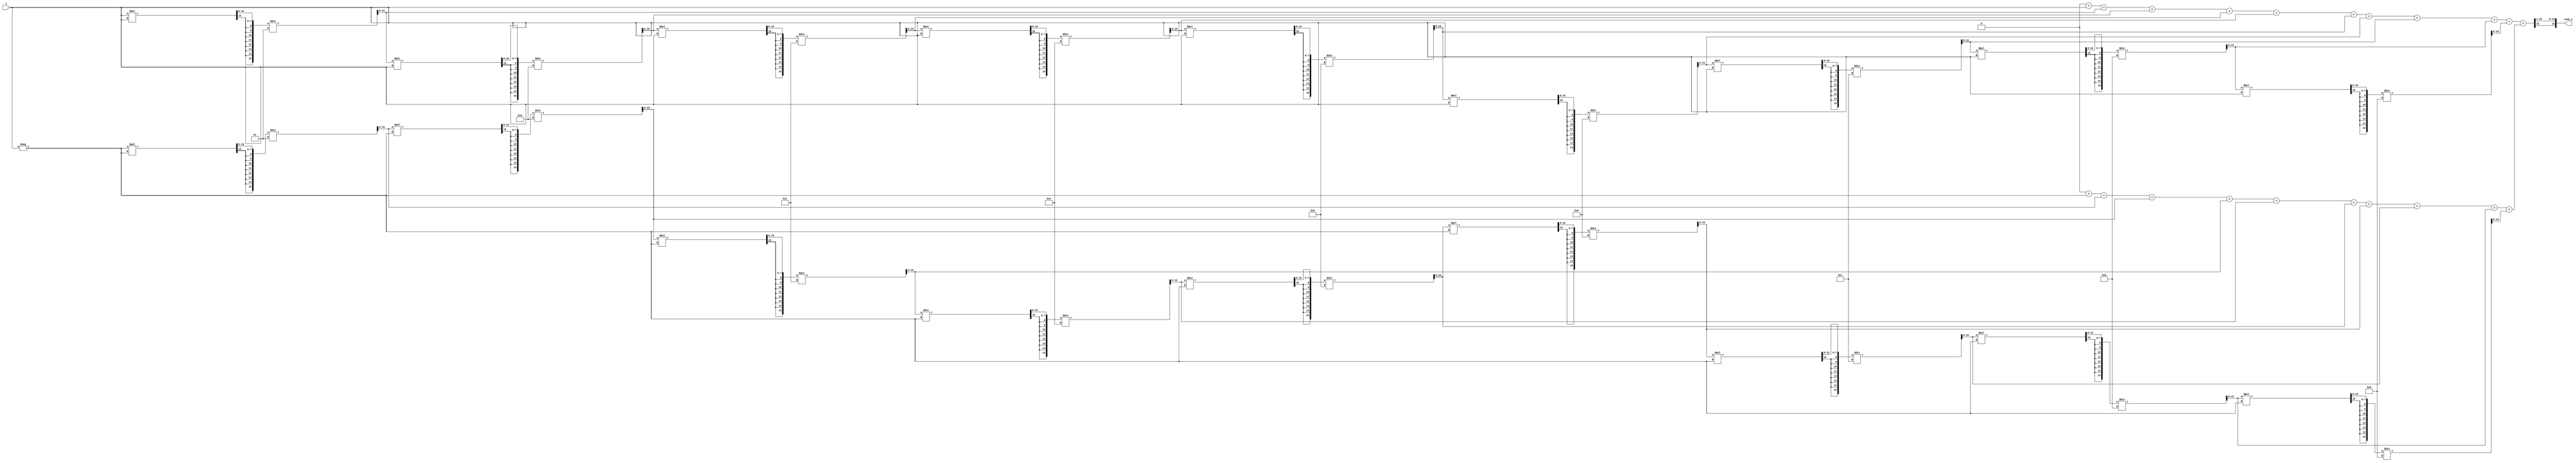
module hyperbolic_cosh #(
    parameter WIDTH = 16,          // Bit-width for fixed-point representation
    parameter FRAC_BITS = 8        // Number of fractional bits
)(
    input  wire signed [WIDTH-1:0] x,        // Input value (fixed-point)
    output reg signed [WIDTH-1:0] cosh_x      // Output value (fixed-point)
);

    // Internal signals for e^x and e^-x
    reg signed [WIDTH-1:0] exp_x;
    reg signed [WIDTH-1:0] exp_neg_x;
    reg signed [WIDTH-1:0] sum_exp;

    // Function to calculate e^x using Taylor series
    function signed [WIDTH-1:0] exp_taylor;
        input signed [WIDTH-1:0] value;
        integer i;
        reg signed [WIDTH-1:0] term;
        reg signed [WIDTH-1:0] result;
        begin
            result = 0;
            term = value; // First term is x
            result = result + term; // Add first term

            // Calculate up to 10 terms of the series
            for (i = 1; i < 10; i = i + 1) begin
                term = (term * value) >>> FRAC_BITS; // Multiply by x and shift
                term = term / i; // Divide by i (factorial)
                result = result + term; // Add term to result
            end
            
            exp_taylor = result;
        end
    endfunction

    // Always block to compute cosh
    always @(*) begin
        // Calculate e^x and e^-x
        exp_x = exp_taylor(x);
        exp_neg_x = exp_taylor(-x);

        // Calculate cosh(x) = (e^x + e^-x) / 2
        sum_exp = exp_x + exp_neg_x;
        cosh_x = sum_exp >>> 1; // Divide by 2 using right shift
    end

endmodule